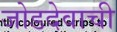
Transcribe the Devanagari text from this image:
जोडदेवाची